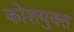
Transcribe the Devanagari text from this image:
कोशयुक्त